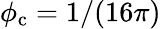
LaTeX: {\phi_{\mathrm{c}}=1/(16\pi)}